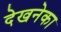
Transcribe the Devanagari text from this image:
देखनेका